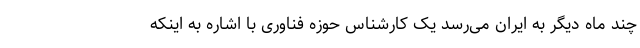
چند ماه دیگر به ایران می‌رسد یک کارشناس حوزه فناوری با اشاره به اینکه